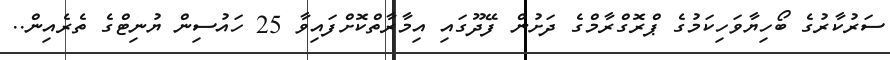
ސަރުކާރުގެ ބޯހިޔާވަހިކަމުގެ ޕްރޮގްރާމްގެ ދަށުން ފޭދޫގައި އިމާރާތްކޮށްފައިވާ 25 ހައުސިން ޔުނިޓްގެ ތެރެއިން..